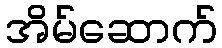
အိမ်ဆောက်